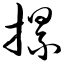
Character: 摞